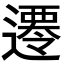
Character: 𨗇